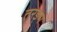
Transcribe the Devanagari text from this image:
तरङ्ग